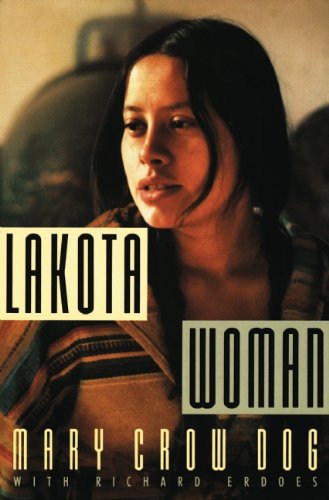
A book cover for Lakota Woman; Mary Crow Dog; Biographies & Memoirs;